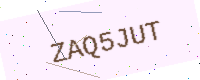
Text: ZAQ5JUT